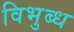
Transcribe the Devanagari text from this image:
विभुब्ध